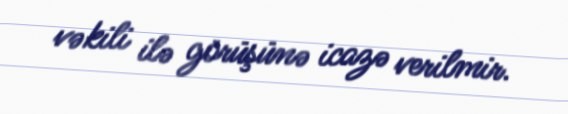
vəkili ilə görüşünə icazə verilmir.